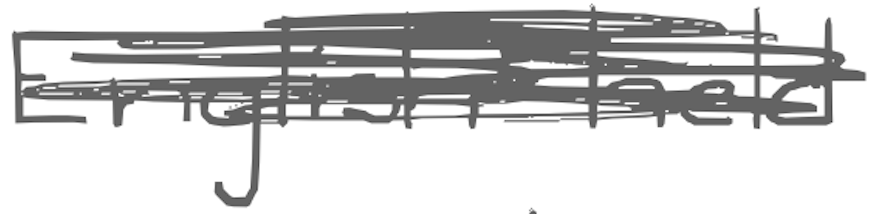
Text: English-held
Cross-out: scratch
Writing tool: digital_gray